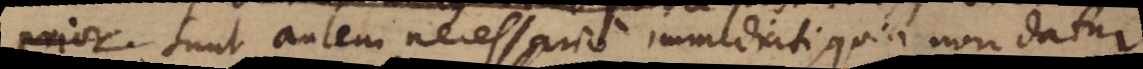
prior.. Sunt autem necessario immediati, quia non datur